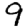
Digit: 9